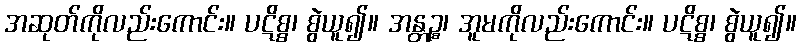
အဆုတ်ကိုလည်းကောင်း။ ပဋိစ္စ၊ စွဲယူ၍။ အန္တဉ္စ၊ အူမကိုလည်းကောင်း။ ပဋိစ္စ၊ စွဲယူ၍။